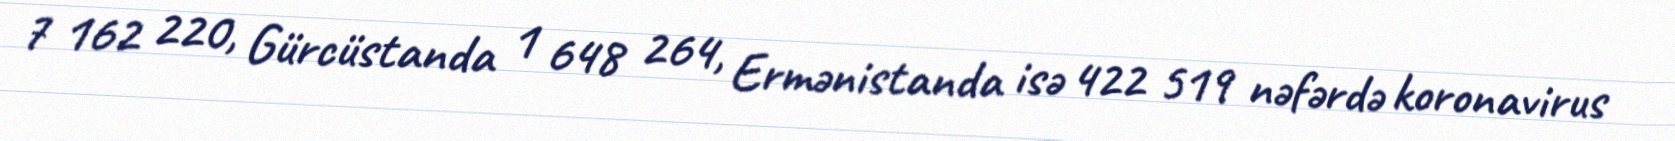
7 162 220, Gürcüstanda 1 648 264, Ermənistanda isə 422 519 nəfərdə koronavirus